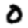
Digit: 0